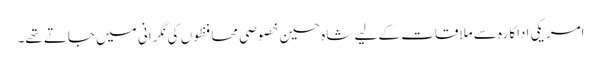
امریکی اداکارہ سے ملاقات کے لیے شاہ حسین خصوصی محافظوں کی نگرانی میں جاتے تھے۔